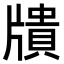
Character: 𤗴